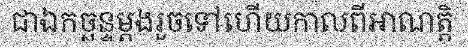
ជាឯកច្ឆន្ទម្តងរួចទៅហើយកាលពីអាណត្តិ